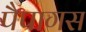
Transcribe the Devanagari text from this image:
पैपागस